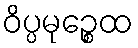
ဝိပ္ပမုဉ္စေထ